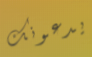
يدعونك